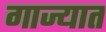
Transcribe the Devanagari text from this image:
गाज्यात